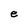
Character: e